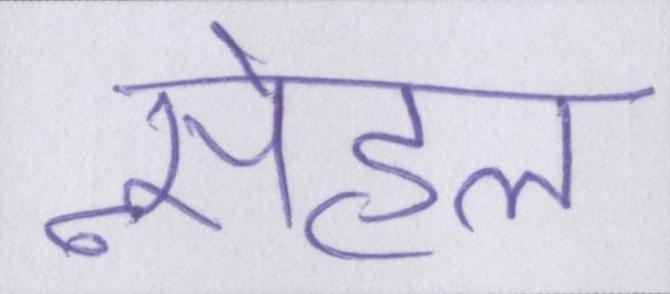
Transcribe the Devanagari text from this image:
स्नेहल